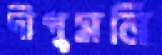
দীপুমনি